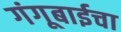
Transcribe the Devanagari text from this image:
गंगूबाईचा